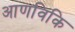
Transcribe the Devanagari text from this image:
आणविकि